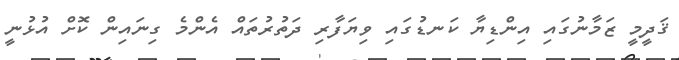
ޤަދީމީ ޒަމާނުގައި އިންޑިޔާ ކަނޑުގައި ވިޔަފާރި ދަތުރުތައް އެންމެ ގިނައިން ކޮށް އުޅުނީ